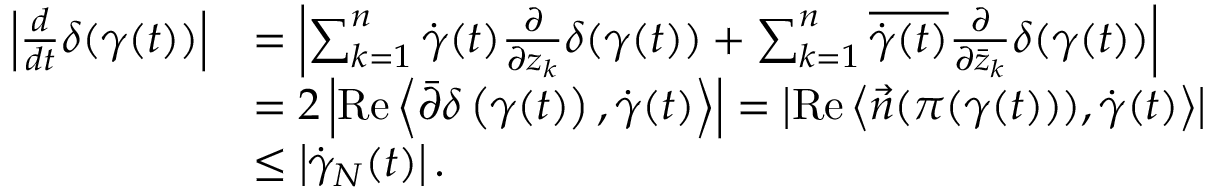
\begin{array} { r l } { \left| \frac { d } { d t } \delta ( \gamma ( t ) ) \right| } & { = \left| \sum _ { k = 1 } ^ { n } \dot { \gamma } ( t ) \frac { \partial } { \partial z _ { k } } \delta ( \gamma ( t ) ) + \sum _ { k = 1 } ^ { n } \overline { { \dot { \gamma } ( t ) } } \frac { \partial } { \partial \bar { z } _ { k } } \delta ( \gamma ( t ) ) \right| } \\ & { = 2 \left| \operatorname { R e } \left\langle \bar { \partial } \delta \left( \gamma ( t ) \right) , \dot { \gamma } ( t ) \right\rangle \right| = \left| \operatorname { R e } \left\langle \vec { n } ( \pi ( \gamma ( t ) ) ) , \dot { \gamma } ( t ) \right\rangle \right| } \\ & { \leq \left| \dot { \gamma } _ { N } ( t ) \right| . } \end{array}